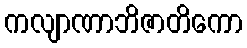
ကလျာဏာဘိဇာတိကော